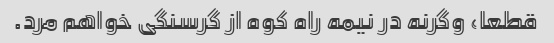
قطعا، وگرنه در نیمه راه کوه از گرسنگی خواهم مرد.